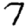
Digit: 7